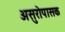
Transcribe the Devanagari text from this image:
असुरोपासक